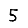
Digit: 5